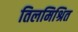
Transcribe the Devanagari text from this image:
तिलमिश्रित